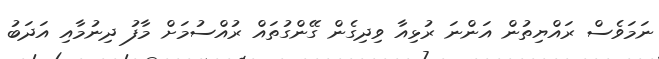
ނަމަވެސް ރައްޔިތުން އަންނަ ރުޅިއާ ވިދިގެން ގޭންގުތައް ރުއްސުމަށް މާފު ދިނުމާއި އަދަބު